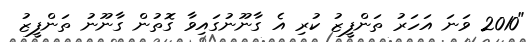
"2010 ވަނަ އަހަރު ތަންފީޒު ކުރި އެ ގާނޫނުގައިވާ ގޮތުން ގާނޫނު ތަންފީޒު